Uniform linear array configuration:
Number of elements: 32
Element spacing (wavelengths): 0.25
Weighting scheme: exponential
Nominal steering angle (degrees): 0
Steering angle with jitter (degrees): -0.4724
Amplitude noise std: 0.05
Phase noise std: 0.05

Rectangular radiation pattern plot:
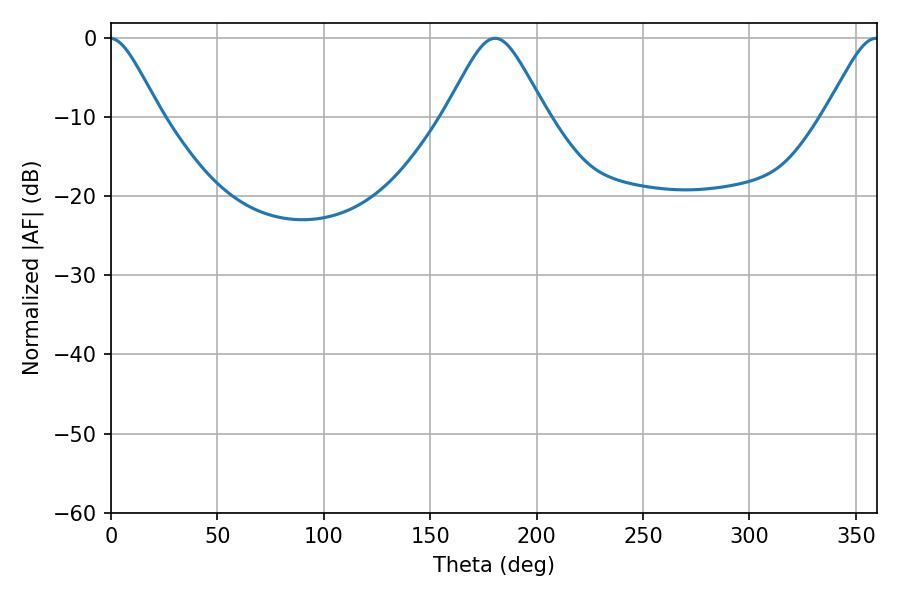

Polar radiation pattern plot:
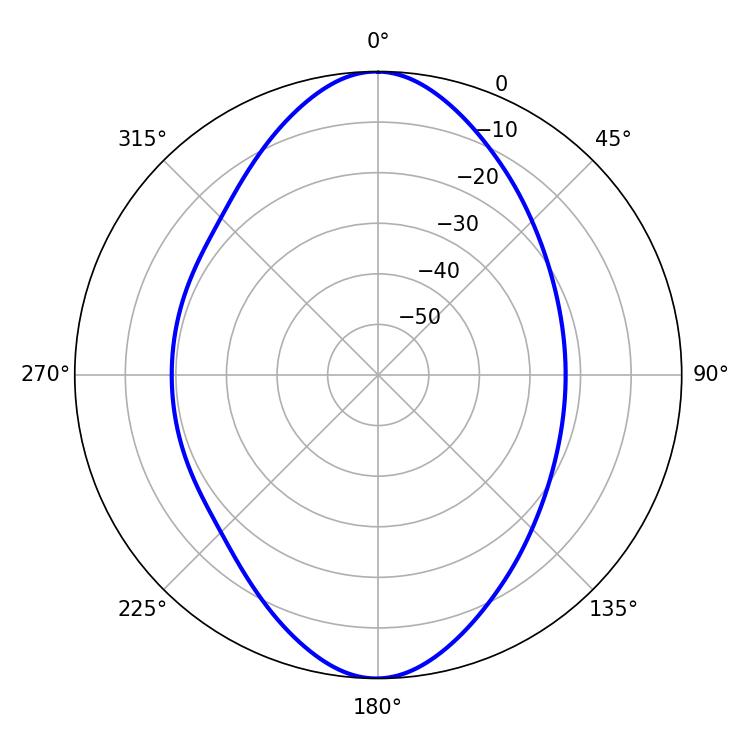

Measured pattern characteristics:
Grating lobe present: FALSE
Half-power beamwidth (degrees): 23.04
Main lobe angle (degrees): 180.54